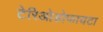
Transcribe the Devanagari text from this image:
टेरिओडोफायटा